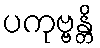
ပကုဗ္ဗန္တိ